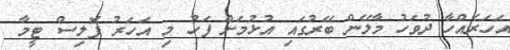
އަހަރެއްހާ ދުވަހު މާލޭން ބޭރުގައި އުޅުމަށް ފަހު މި އަހަރު ޕޮލިސް ޓީމާ